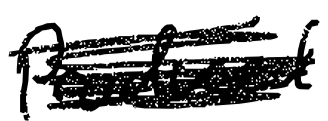
Text: produced
Cross-out: mix
Writing tool: digital_black